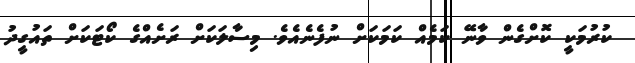
ކުރުމަކީ ކޮށްގެން ވާނޭ ކަމެއް ކަމަކަށް ނުފެނެއެވެ. މިސާލަކަށް ރަށެއްގެ ކޯޓަކަށް ތައުގީދު